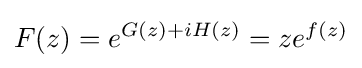
F(z)=e^{G(z)+iH(z)}=ze^{f(z)}